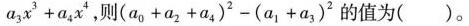
a _ { 3 } x ^ { 3 } + a _ { 4 } x ^ { 4 }$$，则$$( a _ { 0 } + a _ { 2 } + a _ { 4 } ) ^ { 2 } - ( a _ { 1 } + a _ { 3 } ) ^ { 2 }$$ 的值为( )。